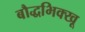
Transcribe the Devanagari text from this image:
बौद्धभिक्खू